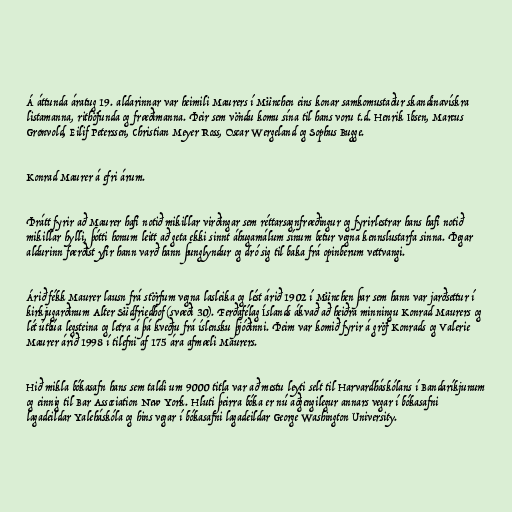
Á áttunda áratug 19. aldarinnar var heimili Maurers í München eins konar samkomustaður skandinavískra
listamanna, rithöfunda og fræðimanna. Þeir sem vöndu komu sína til hans voru t.d. Henrik Ibsen, Marcus
Grønvold, Eilif Peterssen, Christian Meyer Ross, Oscar Wergeland og Sophus Bugge.

Konrad Maurer á efri árum.

Þrátt fyrir að Maurer hafi notið mikillar virðingar sem réttarsagnfræðingur og fyrirlestrar hans hafi notið
mikillar hylli, þótti honum leitt að geta ekki sinnt áhugamálum sínum betur vegna kennslustarfa sinna. Þegar
aldurinn færðist yfir hann varð hann þunglyndur og dró sig til baka frá opinberum vettvangi.

Árið fékk Maurer lausn frá störfum vegna lasleika og lést árið 1902 í München þar sem hann var jarðsettur í
kirkjugarðinum Alter Südfriedhof (svæði 30). Ferðafélag Íslands ákvað að heiðra minningu Konrad Maurers og
lét útbúa legsteina og letra á þá kveðju frá íslensku þjóðinni. Þeim var komið fyrir á gröf Konrads og Valerie
Maurer árið 1998 í tilefni af 175 ára afmæli Maurers.

Hið mikla bókasafn hans sem taldi um 9000 titla var að mestu leyti selt til Harvardháskólans í Bandaríkjunum
og einnig til Bar Association New York. Hluti þeirra bóka er nú aðgengilegur annars vegar í bókasafni
lagadeildar Yaleháskóla og hins vegar í bókasafni lagadeildar George Washington University.